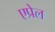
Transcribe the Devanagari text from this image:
एप्रेल